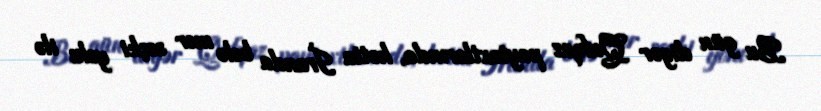
Bu gün digər Qafqaz paytaxtlarında, hətta İranda belə mer seçki yolu ilə